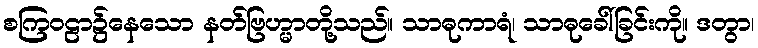
စကြဝဠာ၌နေသော နတ်ဗြဟ္မာတို့သည်။ သာဓုကာရံ၊ သာဓုခေါ်ခြင်းကို။ ဒတွာ၊